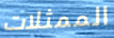
الممثلات